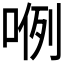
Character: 𭈖